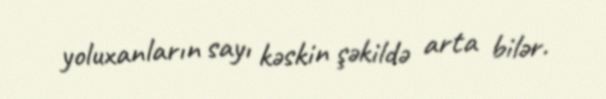
yoluxanların sayı kəskin şəkildə arta bilər.